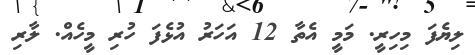
ލިޔެފަ މިހިރީ. މަމީ އެތާ 12 އަހަރު އުޅެފަ ހުރި މީހެއް. ލާރި